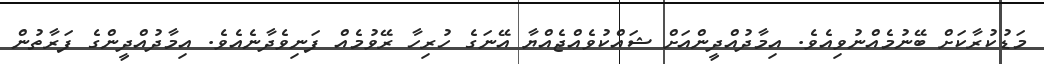
މަޑުކުރާކަށް ބޭނުމެއްނުވިއެވެ. އިމާދުއްދީންއަށް ޝައްކުވެއްޖެއްޔާ އޭނަގެ ހުރިހާ ރޭވުމެއް ފަނިވެދާނެއެވެ. އިމާދުއްދީންގެ ފަރާތުން